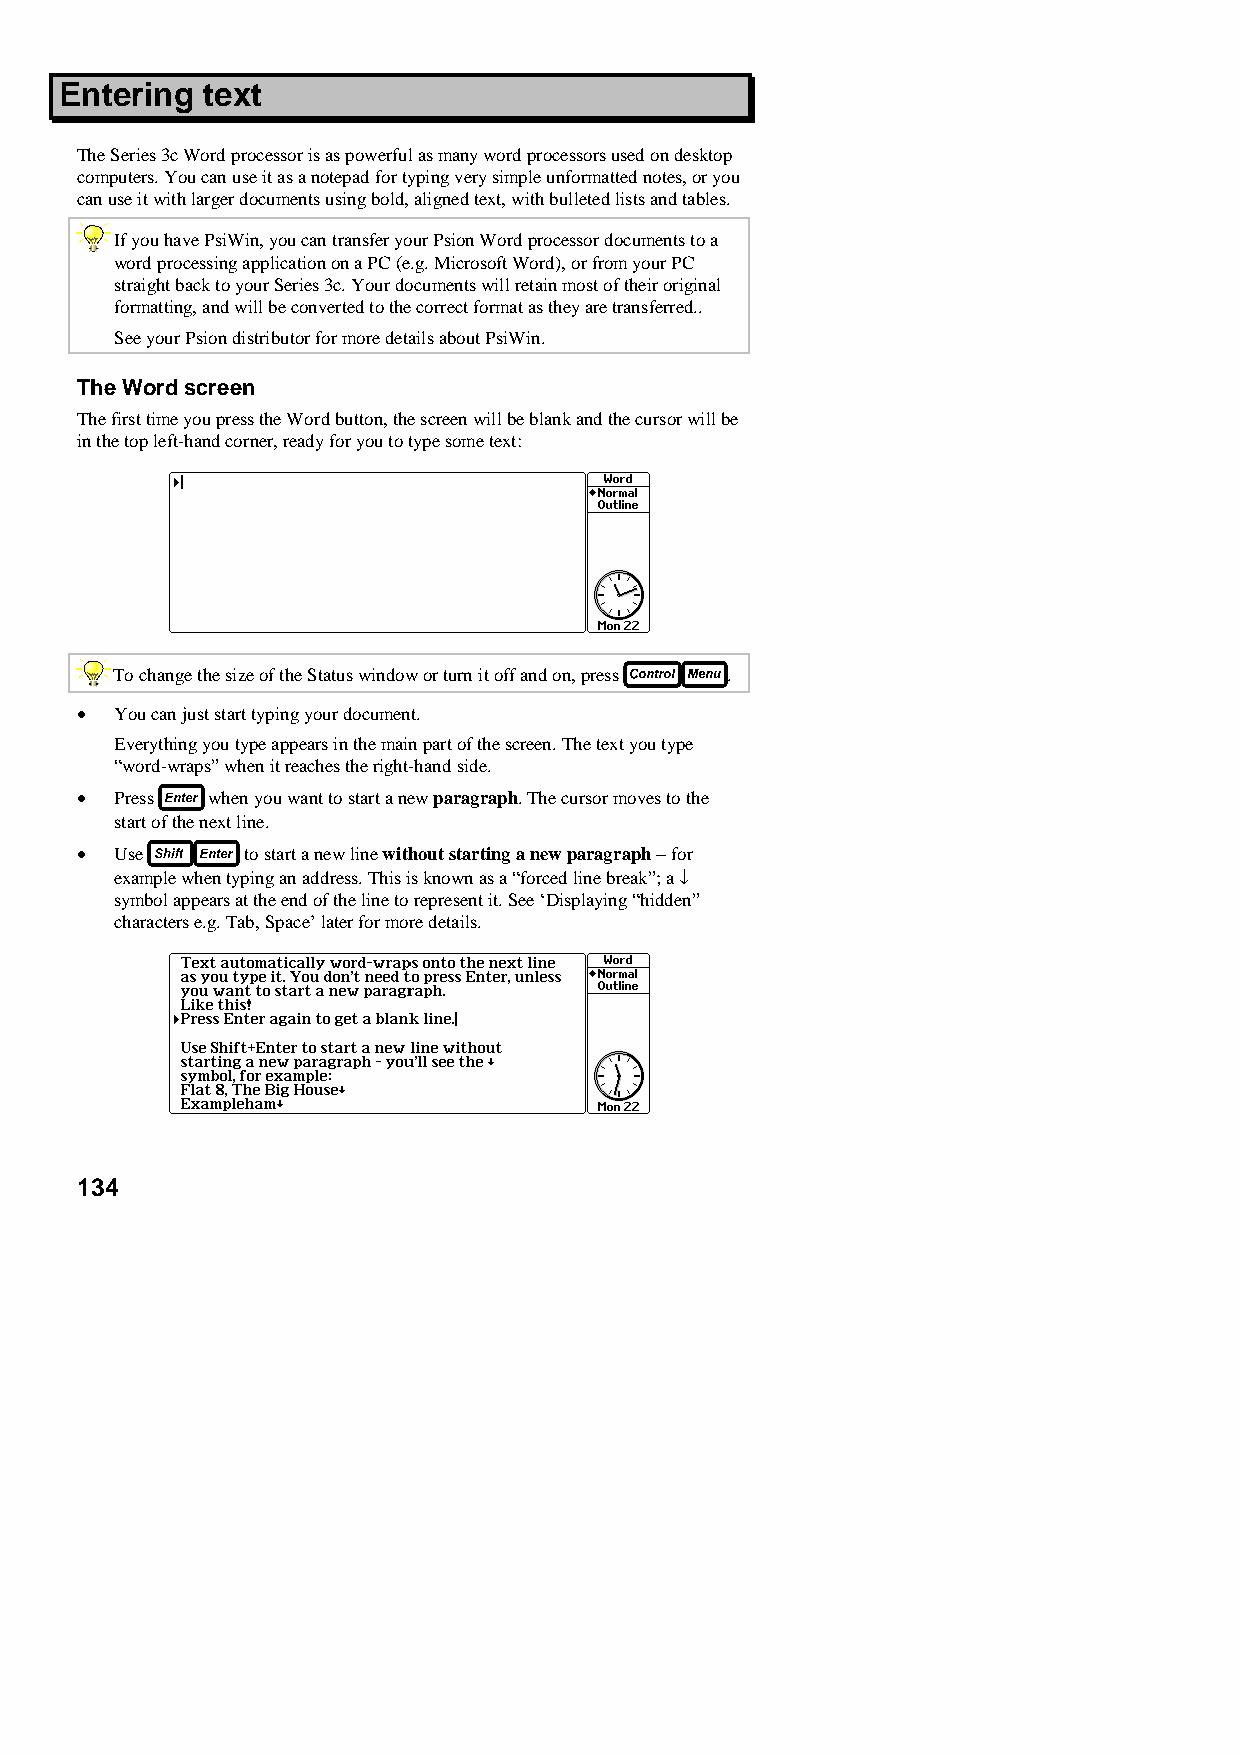
Entering text
 The Series 3c Word processor is as powerful as many word processors used on desktop
 computers. You can use it as a notepad for typing very simple unformatted notes, or you
 can use it with larger documents using bold, aligned text, with bulleted lists and tables.
 If you have PsiWin, you can transfer your Psion Word processor documents to a
 word processing application on a PC (e.g. Microsoft Word), or from your PC
 straight back to your Series 3c. Your documents will retain most of their original
 formatting, and will be converted to the correct format as they are transferred..
 See your Psion distributor for more details about PsiWin.
 The Word screen
 The first time you press the Word button, the screen will be blank and the cursor will be
 in the top left-hand corner, ready for you to type some text:
 To change the size of the Status window or turn it off and on, press .
 •  You can just start typing your document.
 Everything you type appears in the main part of the screen. The text you type
 “word-wraps” when it reaches the right-hand side.
 •  Press when you want to start a new paragraph. The cursor moves to the
 start of the next line.
 •  Use     to start a new line without starting a new paragraph − for
 example when typing an address. This is known as a “forced line break”; a ↓
 symbol appears at the end of the line to represent it. See ‘Displaying “hidden”
 characters e.g. Tab, Space’ later for more details.
 134